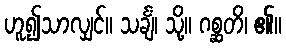
ဟူ၍သာလျှင်။ သင်္ချံ၊ သို့။ ဂစ္ဆတိ၊ ၏။